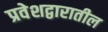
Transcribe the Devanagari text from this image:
प्रवेशद्वारातील